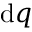
\mathrm { d } q